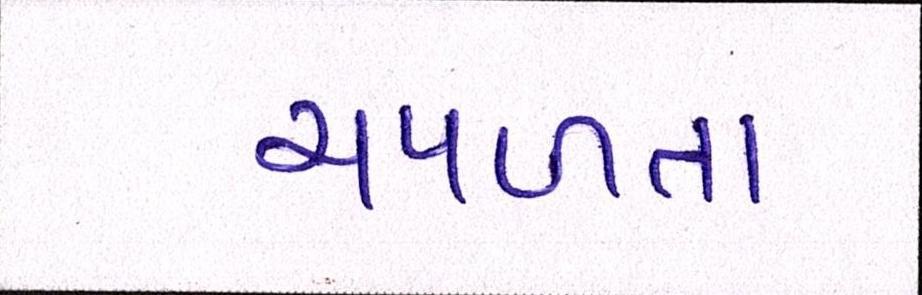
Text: ચપળતા